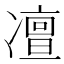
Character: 𠘐